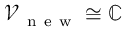
\mathcal { V } _ { \mathrm { ~ n ~ e ~ w ~ } } \cong \mathbb { C }